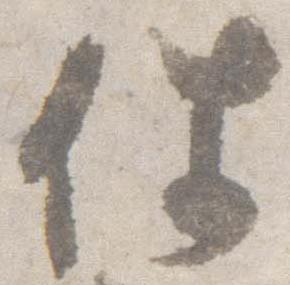
件